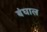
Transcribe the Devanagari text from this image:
बंघाल